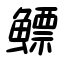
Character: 鰾